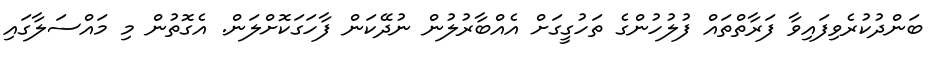
ބަންދުކުރެވިފައިވާ ފަރާތްތައް ފުލުހުންގެ ތަހުގީގަށް އެއްބާރުލުން ނުދޭކަން ފާހަގަކޮށްލަން. އެގޮތުން މި މައްސަލާގައި